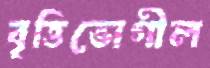
বৃত্তিভোগীল